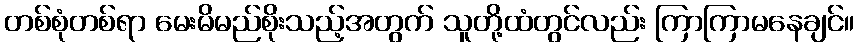
တစ်စုံတစ်ရာ မေးမိမည်စိုးသည့်အတွက် သူတို့ထံတွင်လည်း ကြာကြာမနေချင်။